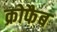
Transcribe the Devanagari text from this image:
क्रोफैब